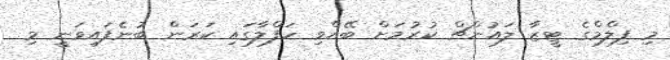
މި ފިލްމްގެ ޓީޒާ ލައުންޗް ކުރުމަށް ބޭއްވި ހަފްލާގައި ކަރަން ބުނެފައިވަނީ މި